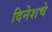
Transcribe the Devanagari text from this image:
दिनेशचे